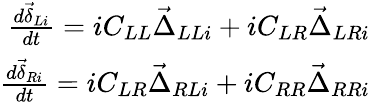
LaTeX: \begin{array}{r}{\frac{d\vec{\delta}_{Li}}{dt}=iC_{LL}\vec{\Delta}_{LLi}+iC_{LR}\vec{\Delta}_{LRi}}\\ {\frac{d\vec{\delta}_{Ri}}{dt}=iC_{LR}\vec{\Delta}_{RLi}+iC_{RR}\vec{\Delta}_{RRi}}\end{array}